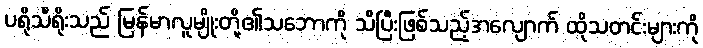
ပရိုသီရိုးသည် မြန်မာလူမျိုးတို့၏သဘောကို သိပြီးဖြစ်သည့်အလျောက် ထိုသတင်းများကို